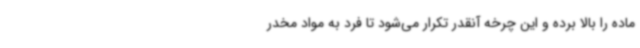
ماده را بالا برده و این چرخه آنقدر تکرار می‌شود تا فرد به مواد مخدر